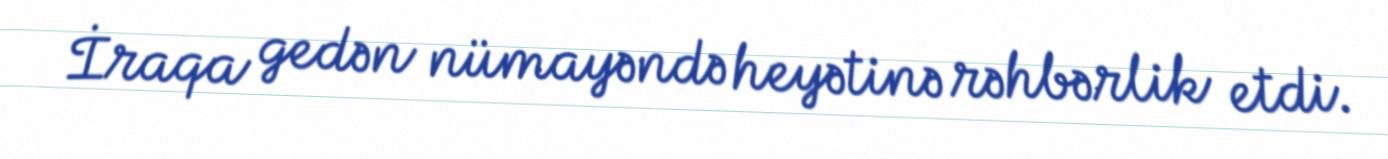
İraqa gedən nümayəndə heyətinə rəhbərlik etdi.